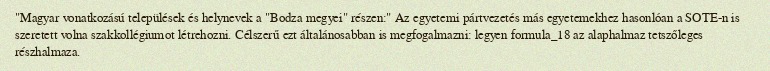
"Magyar vonatkozású települések és helynevek a "Bodza megyei" részen:" Az egyetemi pártvezetés más egyetemekhez hasonlóan a SOTE-n is szeretett volna szakkollégiumot létrehozni. Célszerű ezt általánosabban is megfogalmazni: legyen formula_18 az alaphalmaz tetszőleges részhalmaza.